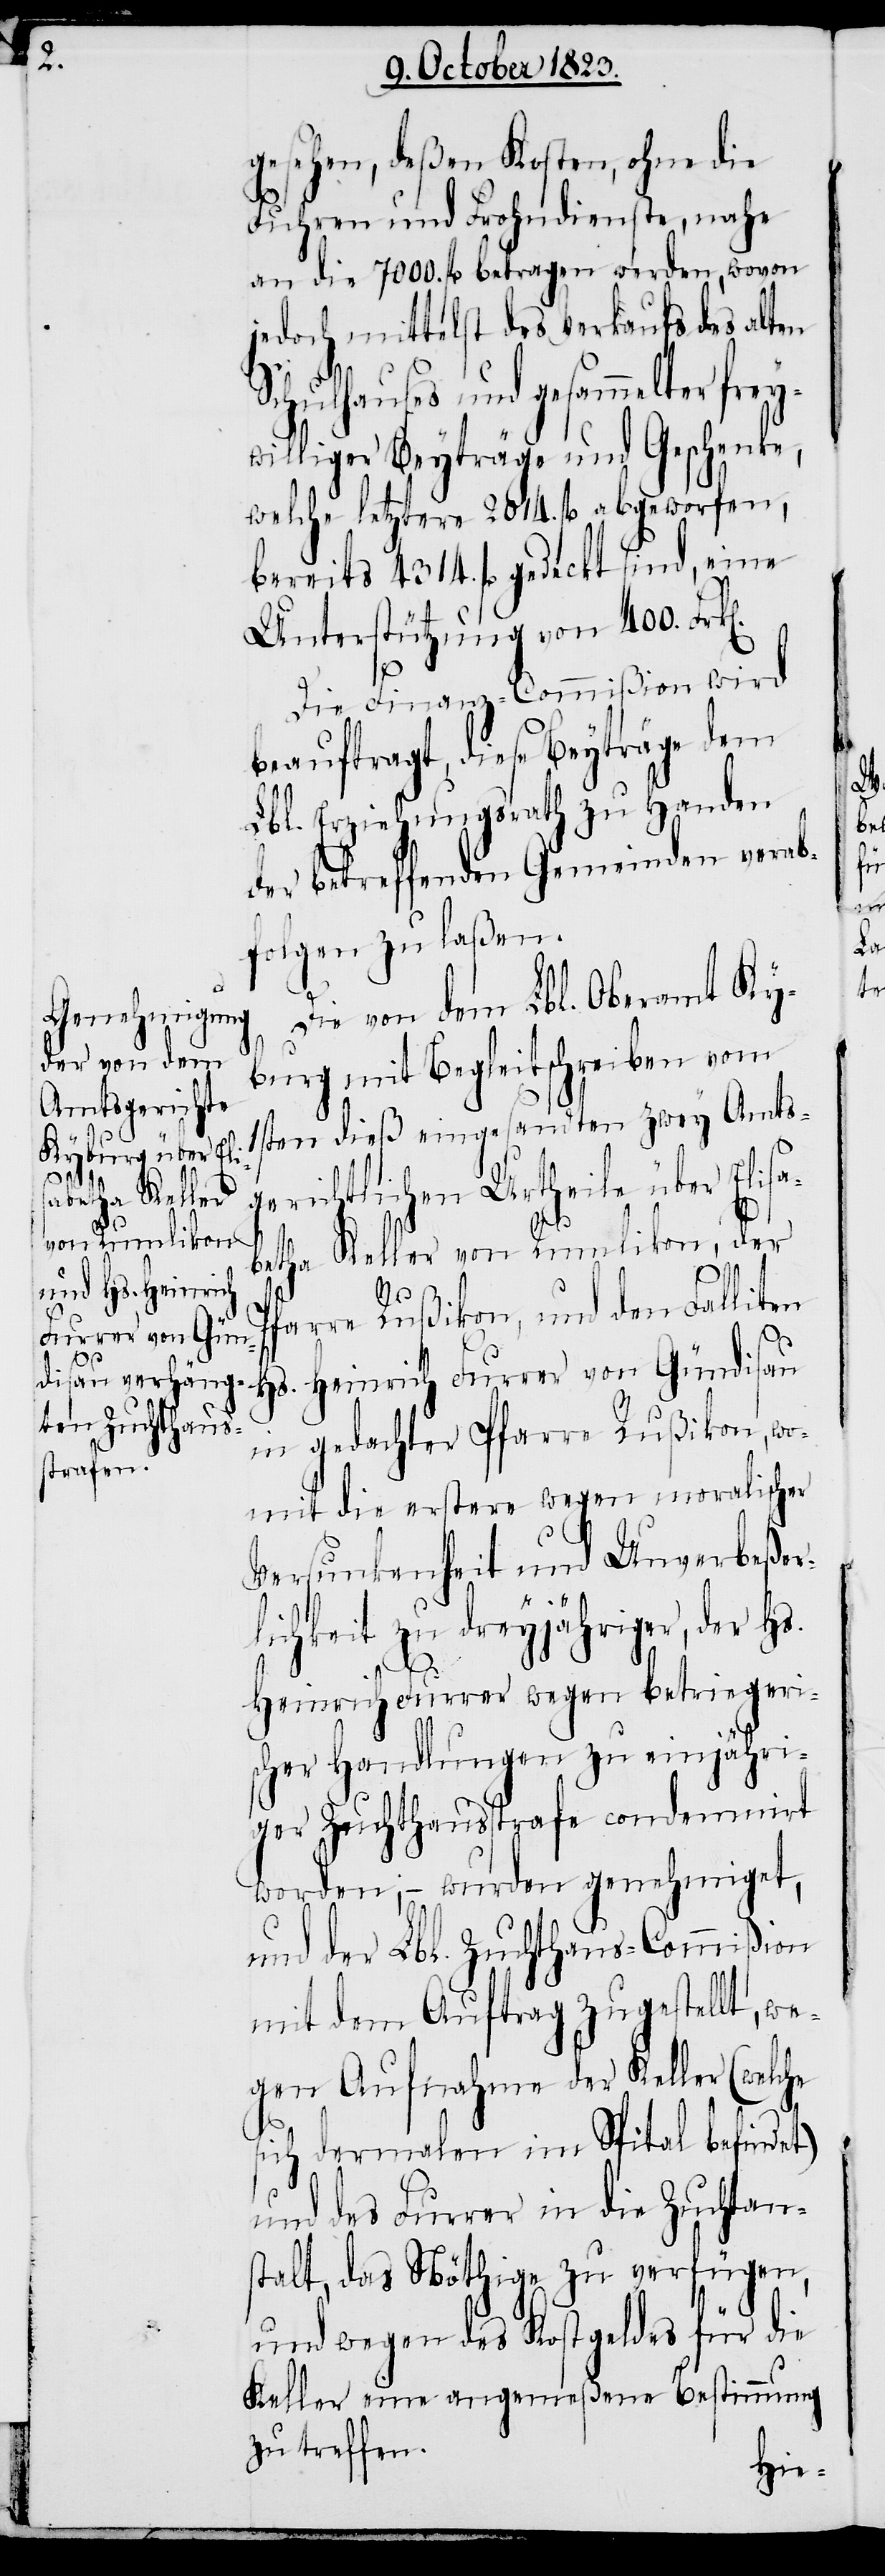
gesehen, deßen Kosten, ohne die
Fuhren und Frohndienste, nahe
an die 7000. fl betragen werden, wovon
jedoch mittelst des Verkaufs des alten
Schulhauses und gesammelter frey¬
williger Beyträge und Geschenke,
welche letztere 2014. fl abgeworfen,
bereits 4314. fl gedeckt sind, eine
Unterstützung von 400. Frk[e¬
Die Finanz-Commißion wird
beauftragt, diese Beyträge dem
Lbl. Erziehungsrath zu Handen
der betreffenden Gemeinden verab¬
folgen zu laßen.
Die von dem Lbl. Oberamt Ky¬
burg mit Begleitschreiben vom
1sten dieß eingesandten zwey Amts¬
gerichtlichen Urtheile über Elisa¬
betha Keller von Rumlikon, der
n].
Pfarre Rußikon, und den Falliten
Hs. Heinrich Furrer von Gündisau
in gedachter Pfarre Rußikon, wo¬
mit die erstere wegen moralischer
Versunkenheit und Unverbeßer¬
lichkeit zu dreyjähriger, der Hs.
Heinrich Furrer wegen betriegeri¬
scher Handlungen zu einjähri¬
ger Zuchthausstrafe condemnirt
worden; − wurden genehmiget,
und der Lbl. Zuchthaus-Commißion
mit dem Auftrag zugestellt, we¬
gen Aufnahme der Keller (welche
sich dermalen im Spital befindet)
und des Furrer in die Zuchtan¬
stalt, das Nöthige zu verfügen,
und wegen des Kostgeldes für die
Keller eine angemeßene Bestimmung
zu treffen.